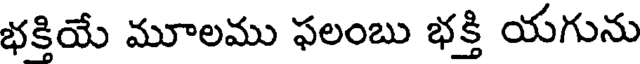
భక్తియే మూలము ఫలంబు భక్తి యగును